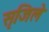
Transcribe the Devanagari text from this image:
सृजिले